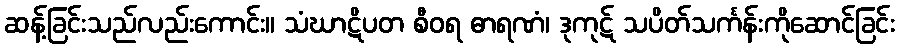
ဆန့်ခြင်းသည်လည်းကောင်း။ သံဃာဋိပတ စီဝရ ဓာရဏံ၊ ဒုကုဋ် သပိတ်သင်္ကန်းကိုဆောင်ခြင်း